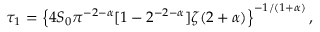
\begin{array} { r } { \tau _ { 1 } = \left\{ 4 S _ { 0 } \pi ^ { - 2 - \alpha } [ 1 - 2 ^ { - 2 - \alpha } ] \zeta ( 2 + \alpha ) \right\} ^ { - 1 / ( 1 + \alpha ) } , } \end{array}